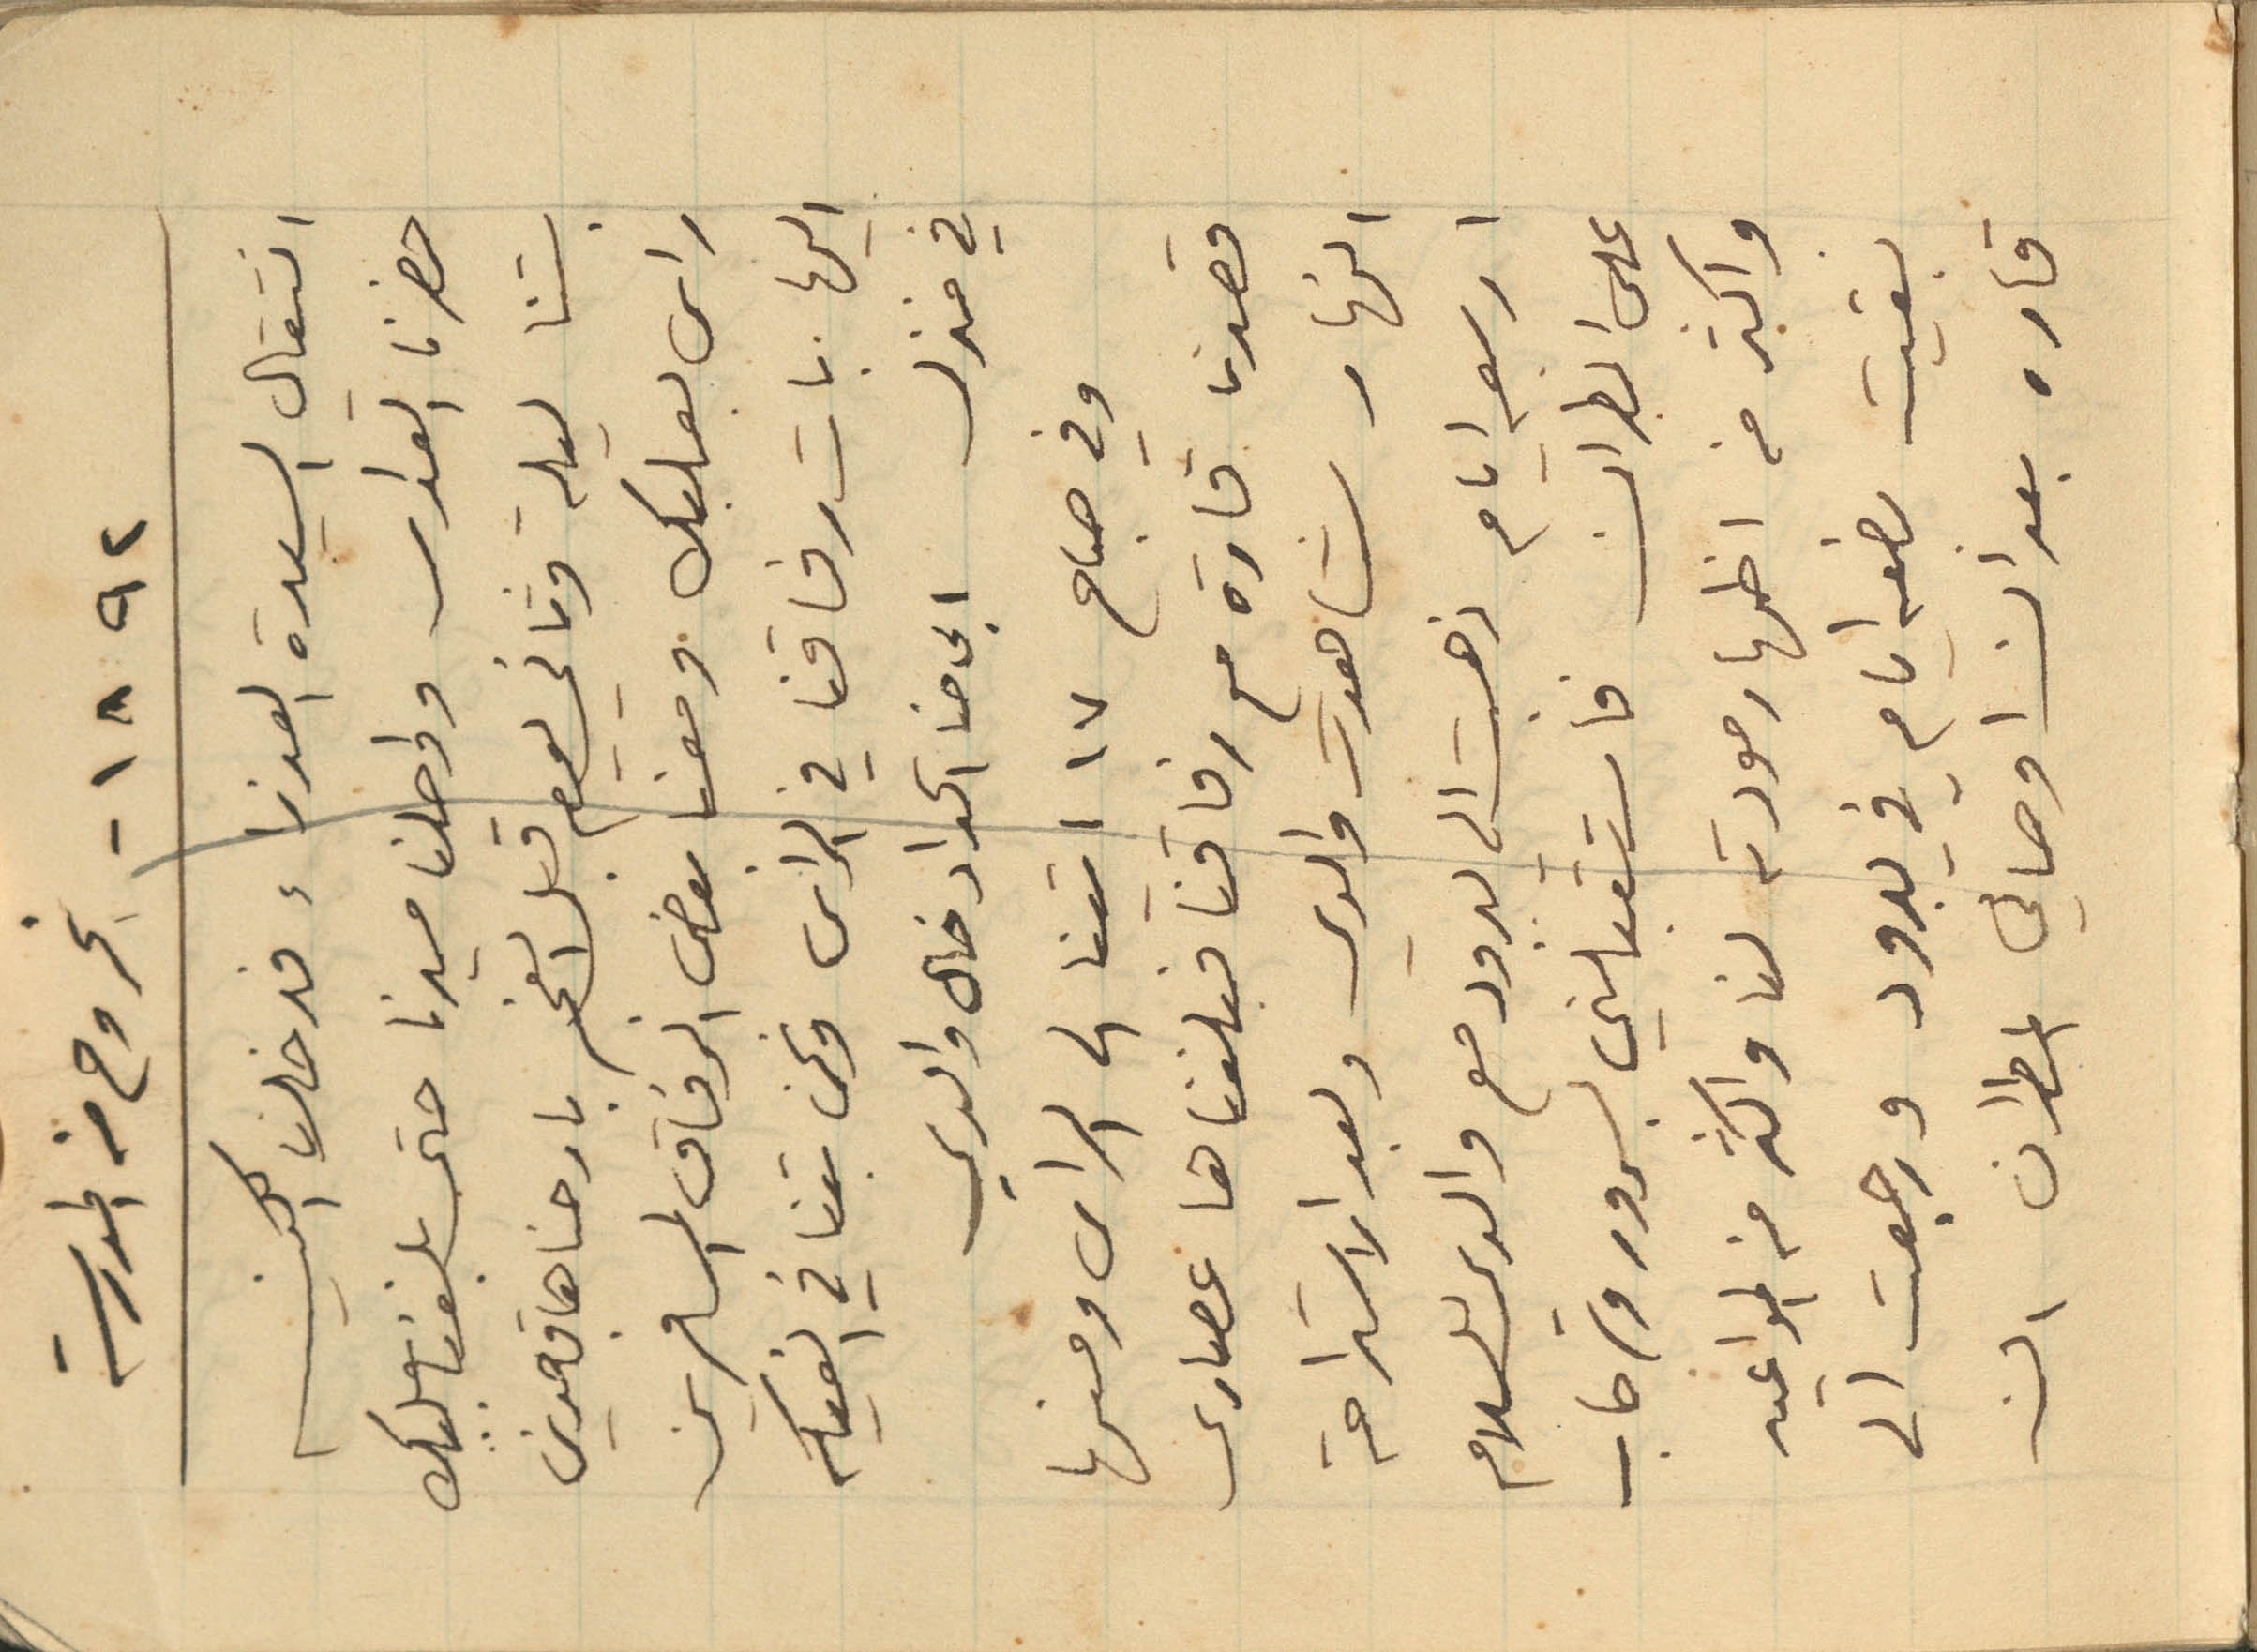
1892 - الخروج من المدرسة
انتقال السيدة العذراء فدخلنا الكنيسه
حضرنا القداس وواصلنا مسيرنا حتى بلغنا بعلبك
بتنا ليلة وثاني يوم قبل الفجر بارحناها قاصدين
راس بعلبك ومعنا بعض الرفاق المسافرين
اليها. بات رفاقنا في الراس ونحن بتنا في الفيكه
في منزل ابي حنا الحداد خال والدي
وفي صباح 17 اتينا الى الراس ومنها
قصدنا قارة مع رفاقنا فبلغناها عصارى
النهار شاهدت والدي وبعد الاستراحة
اربعه ايام ذهبت الى يبرود مع والدي للسلام
على المطران فاستقبلني بسرور وترحاب
واكثر من اظهر مودته لنا واكثر منه المواعيد
بقيت بضعه ايام في يبرود ورجعت الى
قاره بعد ان اوصاني المطران ان